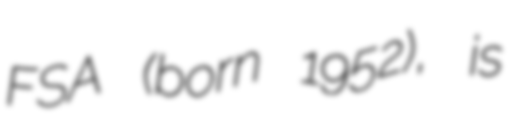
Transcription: FSA (born 1952), is